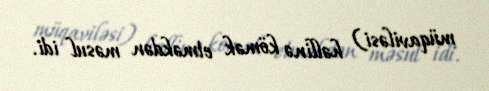
müqaviləsi) həllinə kömək etməkdən məsul idi.